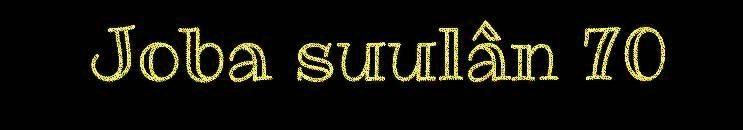
Joba suulân 70